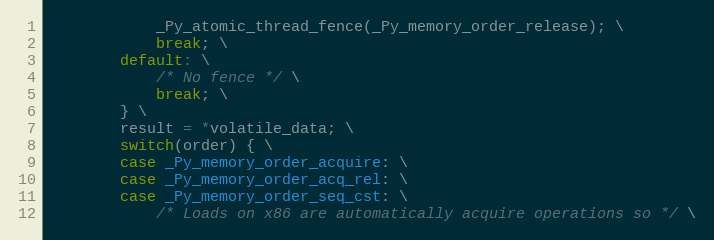
Language: C
            _Py_atomic_thread_fence(_Py_memory_order_release); \
            break; \
        default: \
            /* No fence */ \
            break; \
        } \
        result = *volatile_data; \
        switch(order) { \
        case _Py_memory_order_acquire: \
        case _Py_memory_order_acq_rel: \
        case _Py_memory_order_seq_cst: \
            /* Loads on x86 are automatically acquire operations so */ \